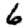
Digit: 6